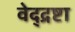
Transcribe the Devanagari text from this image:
वेद्द्रष्टा